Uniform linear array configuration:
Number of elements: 32
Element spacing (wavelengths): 0.75
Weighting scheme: exponential
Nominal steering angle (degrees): -30
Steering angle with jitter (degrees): -30.125
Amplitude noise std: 0.05
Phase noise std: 0.05

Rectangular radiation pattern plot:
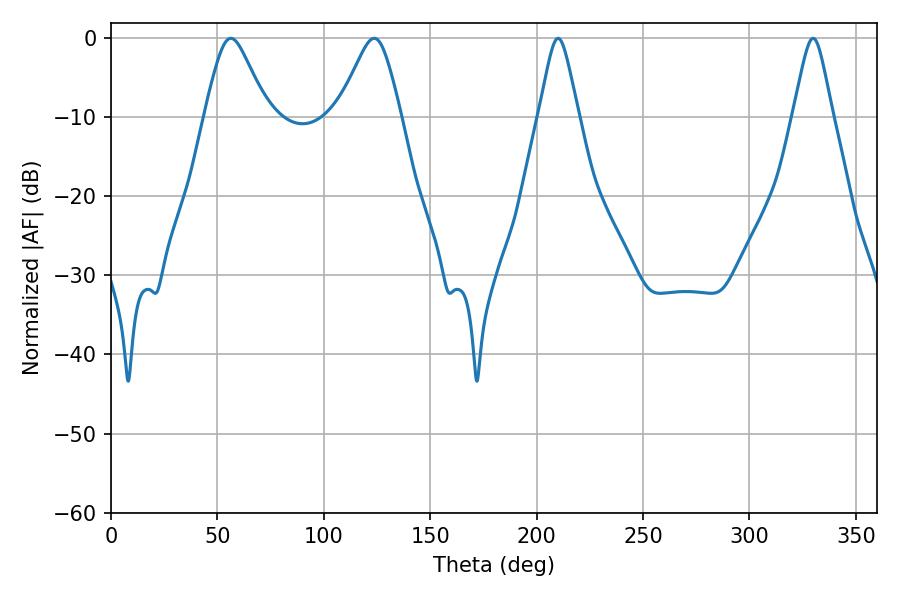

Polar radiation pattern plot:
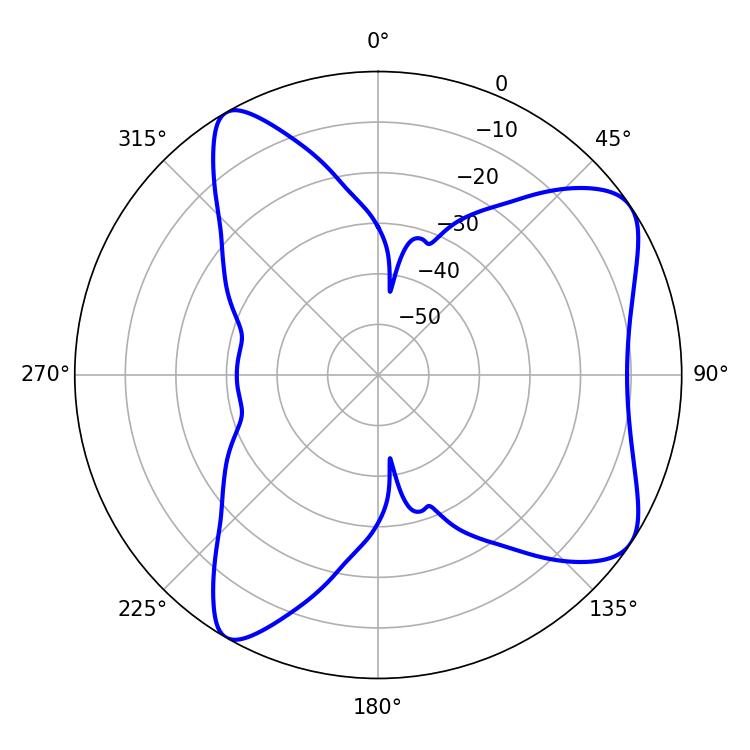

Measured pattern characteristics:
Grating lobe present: TRUE
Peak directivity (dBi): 7.611
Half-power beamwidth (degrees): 14.04
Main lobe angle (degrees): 56.34